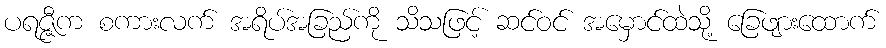
ပရဇ္ဇီက စကားလက် အရိပ်အခြည်ကို သိသဖြင့် ဆင်ဝင် အမှောင်ထဲသို့ ခြေဖျားထောက်